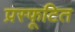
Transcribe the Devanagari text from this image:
प्रस्फूटित